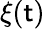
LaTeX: \xi(\mathsf{t})